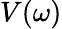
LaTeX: V(\omega)